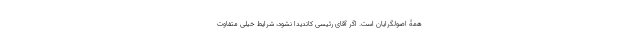
همۀ اصولگرایان است. اگر آقای رئیسی کاندیدا نشود، شرایط خیلی متفاوت